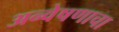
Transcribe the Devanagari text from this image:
अन्वेषणाचा